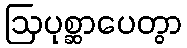
ဩပုစ္ဆာပေတွာ